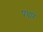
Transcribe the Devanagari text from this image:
पधारें